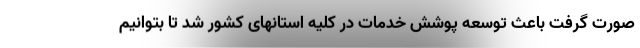
صورت گرفت باعث توسعه پوشش خدمات در کلیه استانهای کشور شد تا بتوانیم